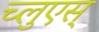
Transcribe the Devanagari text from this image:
च्लुएस्